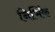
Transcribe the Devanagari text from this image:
निर्भिक